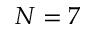
N = 7